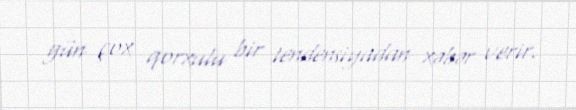
gün çox qorxulu bir tendensiyadan xəbər verir.